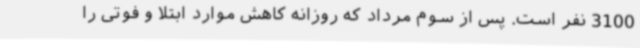
3100 نفر است. پس از سوم مرداد که روزانه کاهش موارد ابتلا و فوتی را